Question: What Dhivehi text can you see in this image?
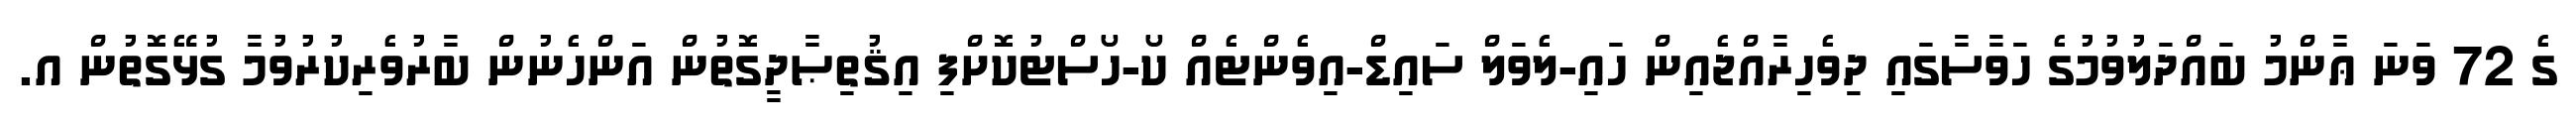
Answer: ގެ 72 ވަނަ ޢާންމު ބައްދަލުވުމުގެ ހަވާސާގައި ދިވެހިރާއްޖެއިން ހައި-ލެވަލް ސައިޑް-އިވެންޓެއް ކޯ-ހޯސްޓުކޮށްފި އިޤުތިޞާދީގޮތުން އަންހެނުން ބާރުވެރިކުރުވުމާ ގުޅޭގޮތުން އ.